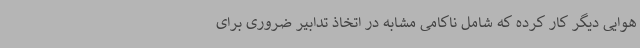
هوایی دیگر کار کرده که شامل ناکامی مشابه در اتخاذ تدابیر ضروری برای